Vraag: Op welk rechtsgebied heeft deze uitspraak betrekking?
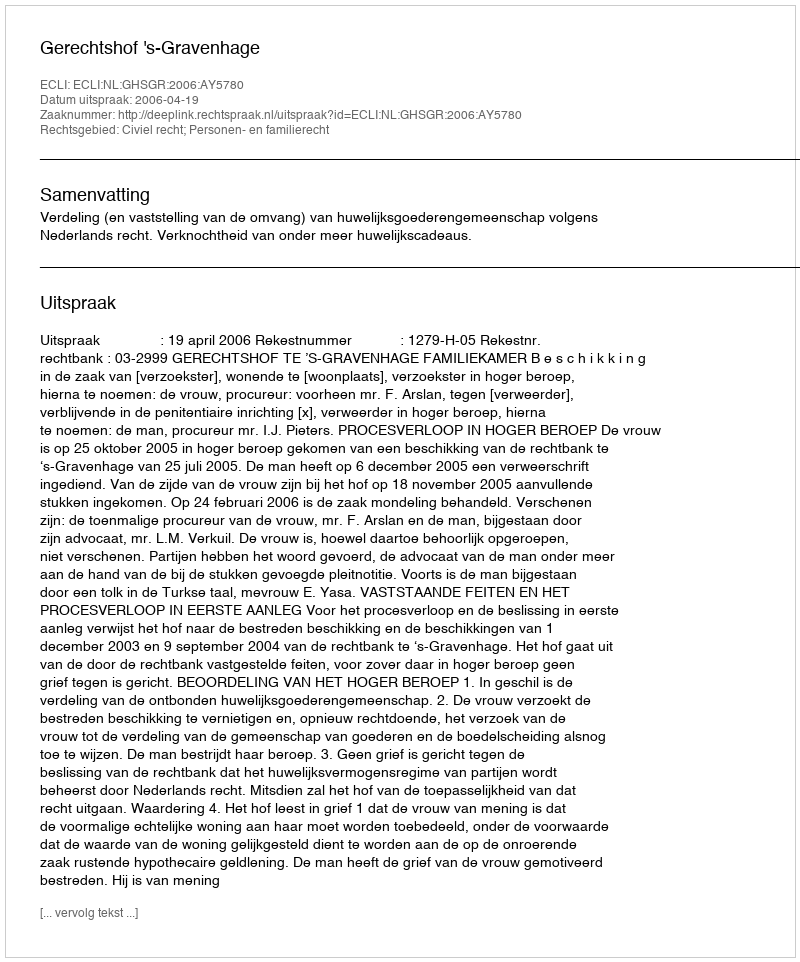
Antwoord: Civiel recht; Personen- en familierecht